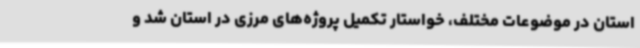
استان در موضوعات مختلف، خواستار تکمیل پروژه‌های مرزی در استان شد و